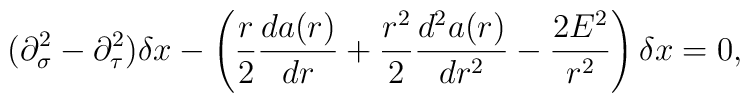
(\partial^2_\sigma-\partial^2_\tau)\delta x-\left( \frac{r}{2}\frac{da(r)}{dr}+\frac{r^2}{2}\frac{d^2a(r)}{dr^2}-\frac{2E^2}{r^2}\right)\delta x=0,